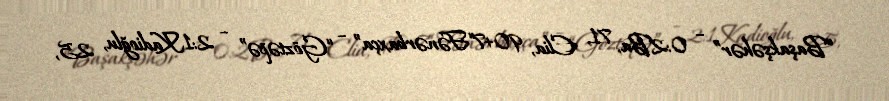
“Başakşəhər” – 0:2Ba, 71, Elia, 90+7“Fənərbaxça” – “Göztəpə” – 2:1Kadioğlu, 25,